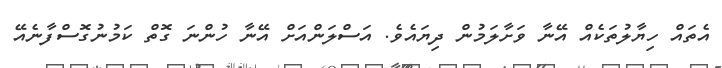
އެތައް ހިޔާލުތަކެއް އޭނާ ވަށާލަމުން ދިޔައެވެ. އަސްލަންއަށް އޭނާ ހުންނަ ގޮތް ކަމުނުގޮސްފާނެއޭ